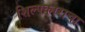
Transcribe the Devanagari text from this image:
शिल्पकाराचा